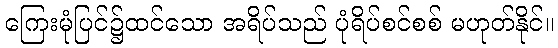
ကြေးမုံပြင်၌ထင်သော အရိပ်သည် ပုံရိပ်စင်စစ် မဟုတ်နိုင်။